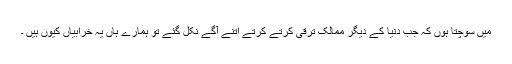
میں سوچتا ہوں کہ جب دنیا کے دیگر ممالک ترقی کرتے کرتے اتنے آگے نکل گئے تو ہمارے ہاں یہ خرابیاں کیوں ہیں ۔